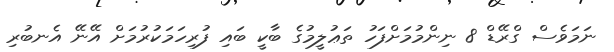
ނަމަވެސް ގްރޭޑް 8 ނިންމުމަށްފަހު ތަޢުލީމުގެ ބާކީ ބައި ފުރިހަމަކުރުމަށް އޭނޭ އެނބުރި